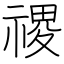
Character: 禝